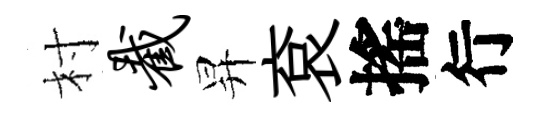
村截昇袞搖行